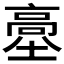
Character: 𩫊